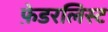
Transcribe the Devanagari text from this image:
फ़ेडरलिस्ट